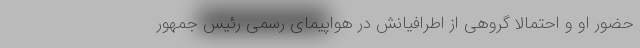
حضور او و احتمالا گروهی از اطرافیانش در هواپیمای رسمی رئیس جمهور